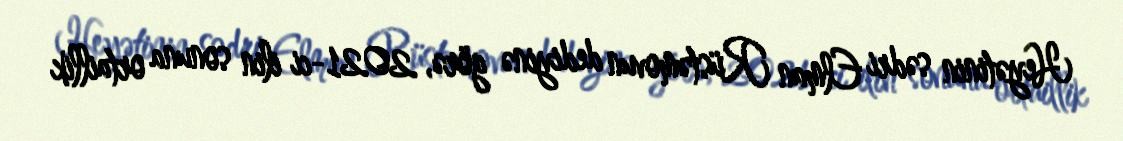
Heyətinin sədri Elman Rüstəmovun dediyinə görə, 2021-ci ilin sonuna ortaillik